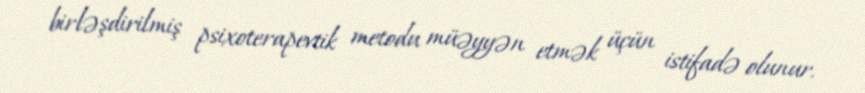
birləşdirilmiş psixoterapevtik metodu müəyyən etmək üçün istifadə olunur.